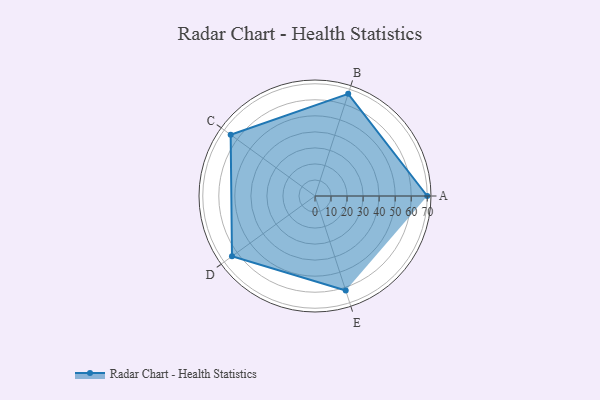
{"axis": {"x": "Skill", "y": "Score"}, "legend": ["Profile"], "data": [{"x": "A", "y": 70.0, "type": "Profile"}, {"x": "B", "y": 67.0, "type": "Profile"}, {"x": "C", "y": 65.0, "type": "Profile"}, {"x": "D", "y": 64.0, "type": "Profile"}, {"x": "E", "y": 62.0, "type": "Profile"}]}